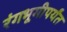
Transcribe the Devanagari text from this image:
रंगभूमीपर्यंत